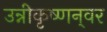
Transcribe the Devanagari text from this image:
उन्नीकृष्णन्‌वर